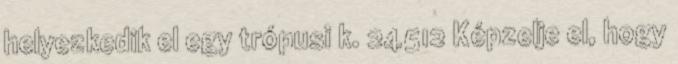
helyezkedik el egy trópusi k. 24512 Képzelje el, hogy